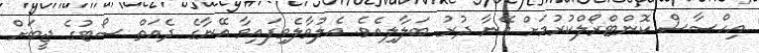
އިހްސާސް ކޮންޓްރޯލްކުރުމަށް އޭނާ ދުރު ބަލާލިއެވެ. އެލުވާލެވިފައިވާ އޭނާގެ ދެއަތް ސޯޓުގެ ޖީބަށް